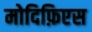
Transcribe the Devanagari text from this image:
मोदिफ़िएस